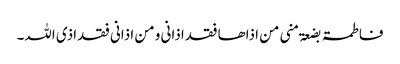
فاطمۃ بضعۃ منی من اذاھا فقد اذانی و من اذانی فقد اذی اللہ۔